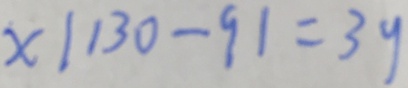
x \vert 1 3 0 - 9 1 = 3 9